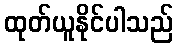
ထုတ်ယူနိုင်ပါသည်